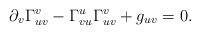
LaTeX: \begin{align*} \partial_v\Gamma_{uv}^v-\Gamma_{vu}^u\Gamma_{uv}^v+g_{uv}=0.\end{align*}